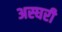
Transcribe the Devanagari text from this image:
अस्घरी